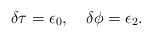
\begin{align*}\delta \tau = \epsilon_0,\quad \delta\phi = \epsilon_2. \end{align*}